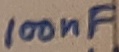
Text: 100nF